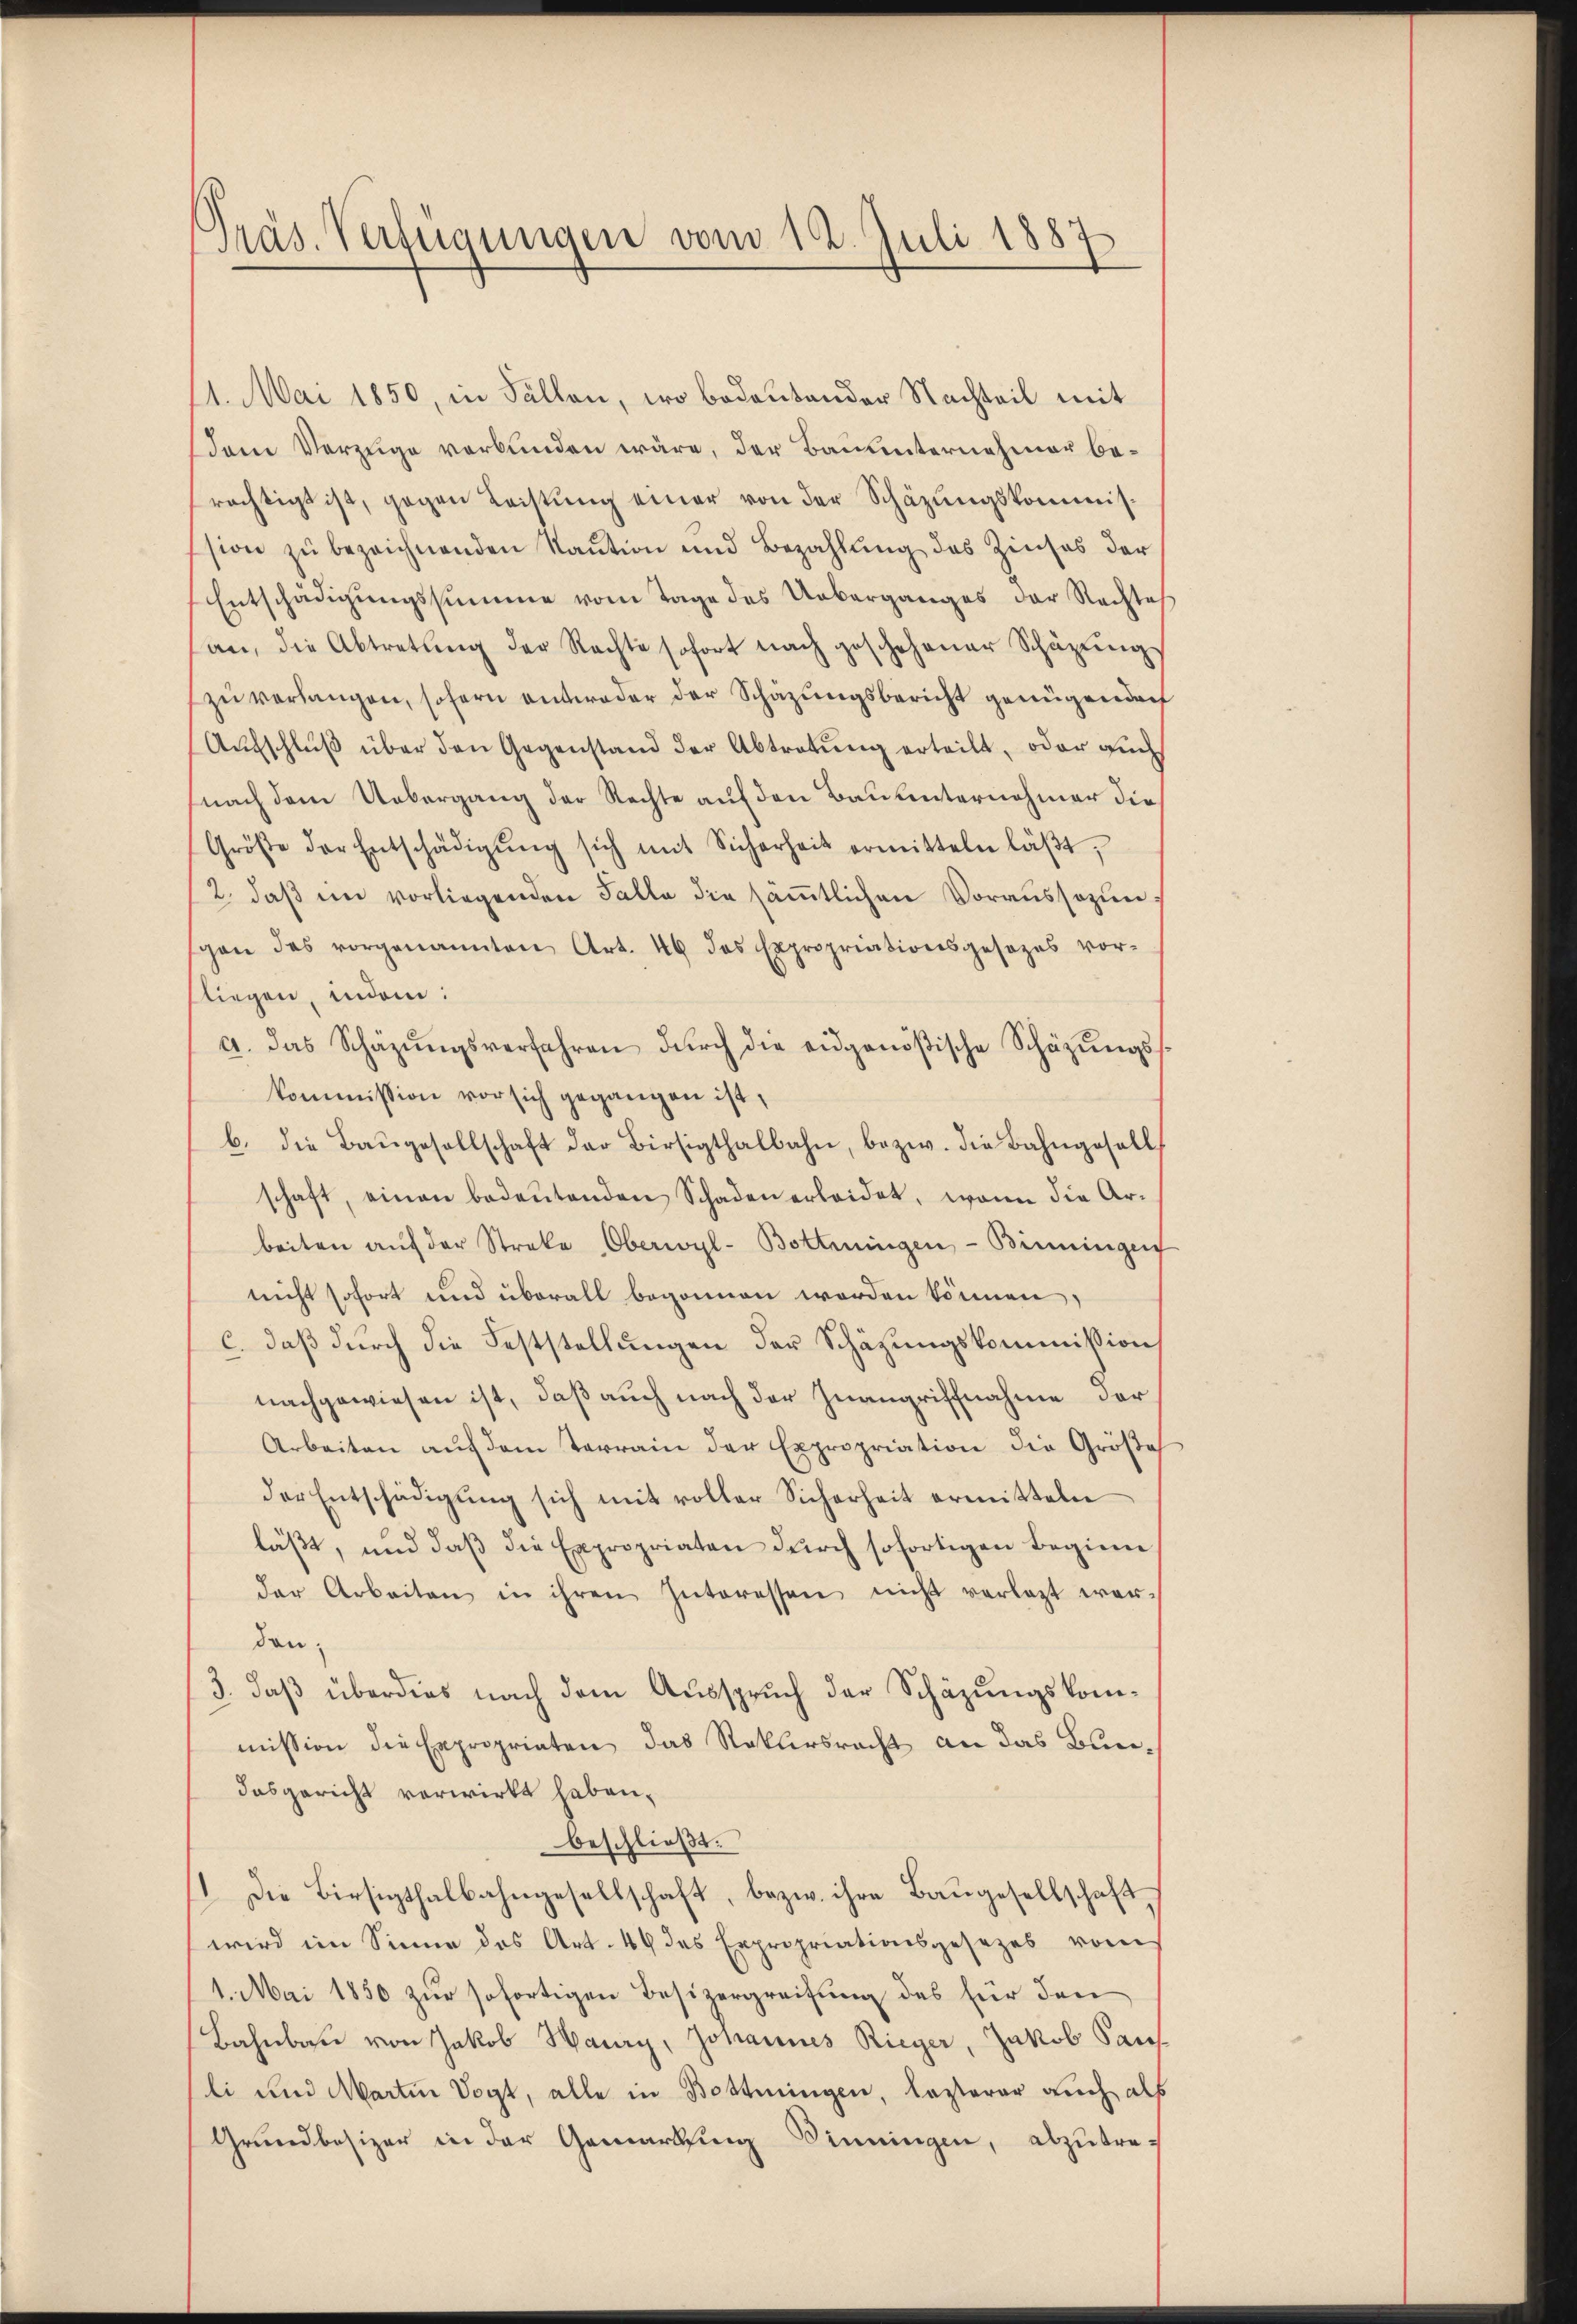
Präs. Verfügungen vom 14. Juli 1887
e

11. Mai 1850, in Fällen, wo bedeutender Nachteil mit
em Vorzüge verbunden wäre, der Bauunternehmer berächtigt ist, gegen Leistung einer von der Schäzungskommission zŭ bezeichnenden Kaŭtion und Bezahlŭng des Zinses der
Entschädigŭngssumme vom Tage des Ueberganges der Rechtes
an, die Abtretung der Rechte sofort nach geschehener Schazung
zŭ verlangen, sofern antweder der Schazungsbericht genügenden
Aufschluß über den Gegenstand der Abtretung erteilt, oder auch
nach dem Uebergang der Rechte auf den Bau unternehmer die
Größe der Entschädigŭng sich mit Sicherheit ermitteln läβt,
2. daβ im vorliegenden Falle die säṁtlichen Voraussozunsgon des vorgenannten Art. 46 das Expropriationsgesezes vor-
fliegen, indem:
a. das Schäzŭngsverfahren dŭrch die eidgenößische Schäzŭngs-
kommission vor sich gegangen ist,
b. die Baŭgesellschaft der Bürsigthalbahn, bezw. die Bahngesell
schaft, einen bedeŭtenden Schaden erleidet, wenn die Ar-
beiten aŭf der Streke Oberwyl-Bottingen - Benningen
nicht sofort und überall begonnen worden können,
c. daß durch die Feststellungen der Schäzungskommission
nachgewiesen ist, daß auch nach der Zwangriffnahme der
Arbeiten auf dem Terrain der Expropriation die Größe
der Entschädigŭng sich mit voller Sicherheit ermitteln
läßt, und daß die Expropriaten durch sofortigen Beginn
der Arbeiten in ihren Interessen nicht verlegt wer-
dan
3. daß überdies nach dem Ausspruch der Schäzungskommission die Expropriaten das Rekursrecht an das Bundasgericht verwirkt haben,
beschließt:
11. Die Birsigthalbahngesellschaft, bezw. ihre Baugesellschaft
wird im Sinne des Art. 46 des Expropriationsgesezes vom
1. Mai 1850 zur sofortigen Besizergreifung des für den
Bahnbau von Jakob Haury, Johannes Rieger, Jakob Sauf
li und Martin Vogt, alle in Bottingen, lasterer auch als
Grundbesizer in der Gemarking Sinningen, abzutre-